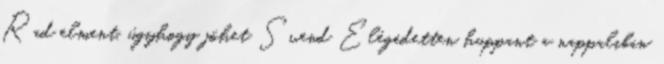
Rad elment, úgyhogy jöhet Svend Elégedetten huppant a nappaliban